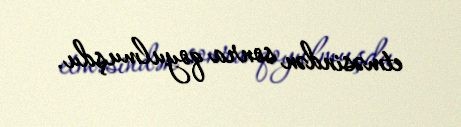
etməsindən sonra qoyulmuşdu.